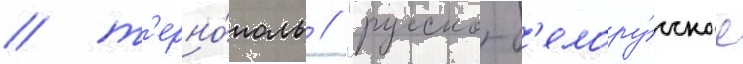
/ т'ерно́поль // "русско-б'елору́сское